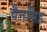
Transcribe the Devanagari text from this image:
चैनसिंह